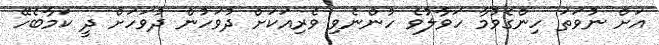
އަށް ނުވަތަ ހިންގެވުމާ ހަވާލުވެ ހުންނެވި ވެރިއަކަށް ދުވަހުން ދުވަހަށް ދީ ކަމާބެހޭ